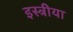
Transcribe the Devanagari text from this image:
इस्त्रीया